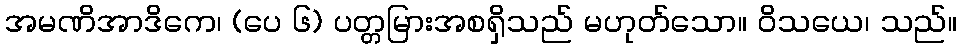
အမဏိအာဒိကေ၊ (ပေ ၆) ပတ္တမြားအစရှိသည် မဟုတ်သော။ ဝိသယေ၊ သည်။